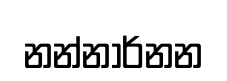
නන්නාර්නන